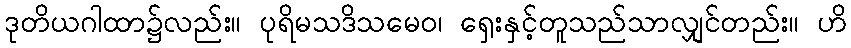
ဒုတိယဂါထာ၌လည်း။ ပုရိမသဒိသမေဝ၊ ရှေးနှင့်တူသည်သာလျှင်တည်း။ ဟိ